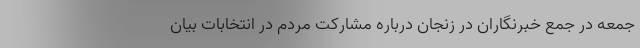
جمعه در جمع خبرنگاران در زنجان درباره مشارکت مردم در انتخابات بیان